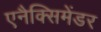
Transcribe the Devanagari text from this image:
एनैक्सिमेंडर